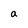
Character: a